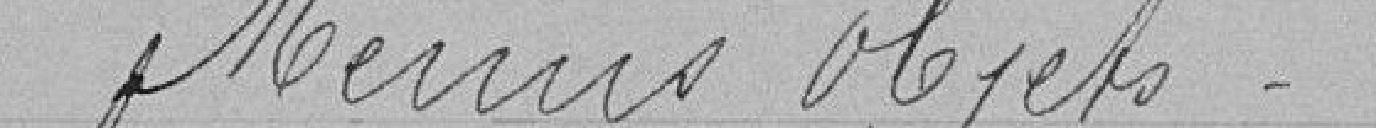
Menus objets